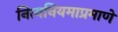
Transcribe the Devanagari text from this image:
नित्यनियमाप्रमाणे